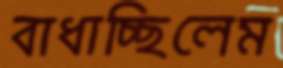
বাধাচ্ছিলেম